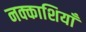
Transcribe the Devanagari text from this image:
नक्काशियाँ